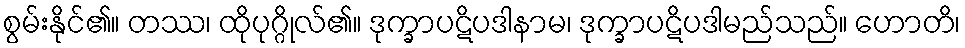
စွမ်းနိုင်၏။ တဿ၊ ထိုပုဂ္ဂိုလ်၏။ ဒုက္ခာပဋိပဒါနာမ၊ ဒုက္ခာပဋိပဒါမည်သည်။ ဟောတိ၊